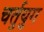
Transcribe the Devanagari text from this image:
चर्तुयुग